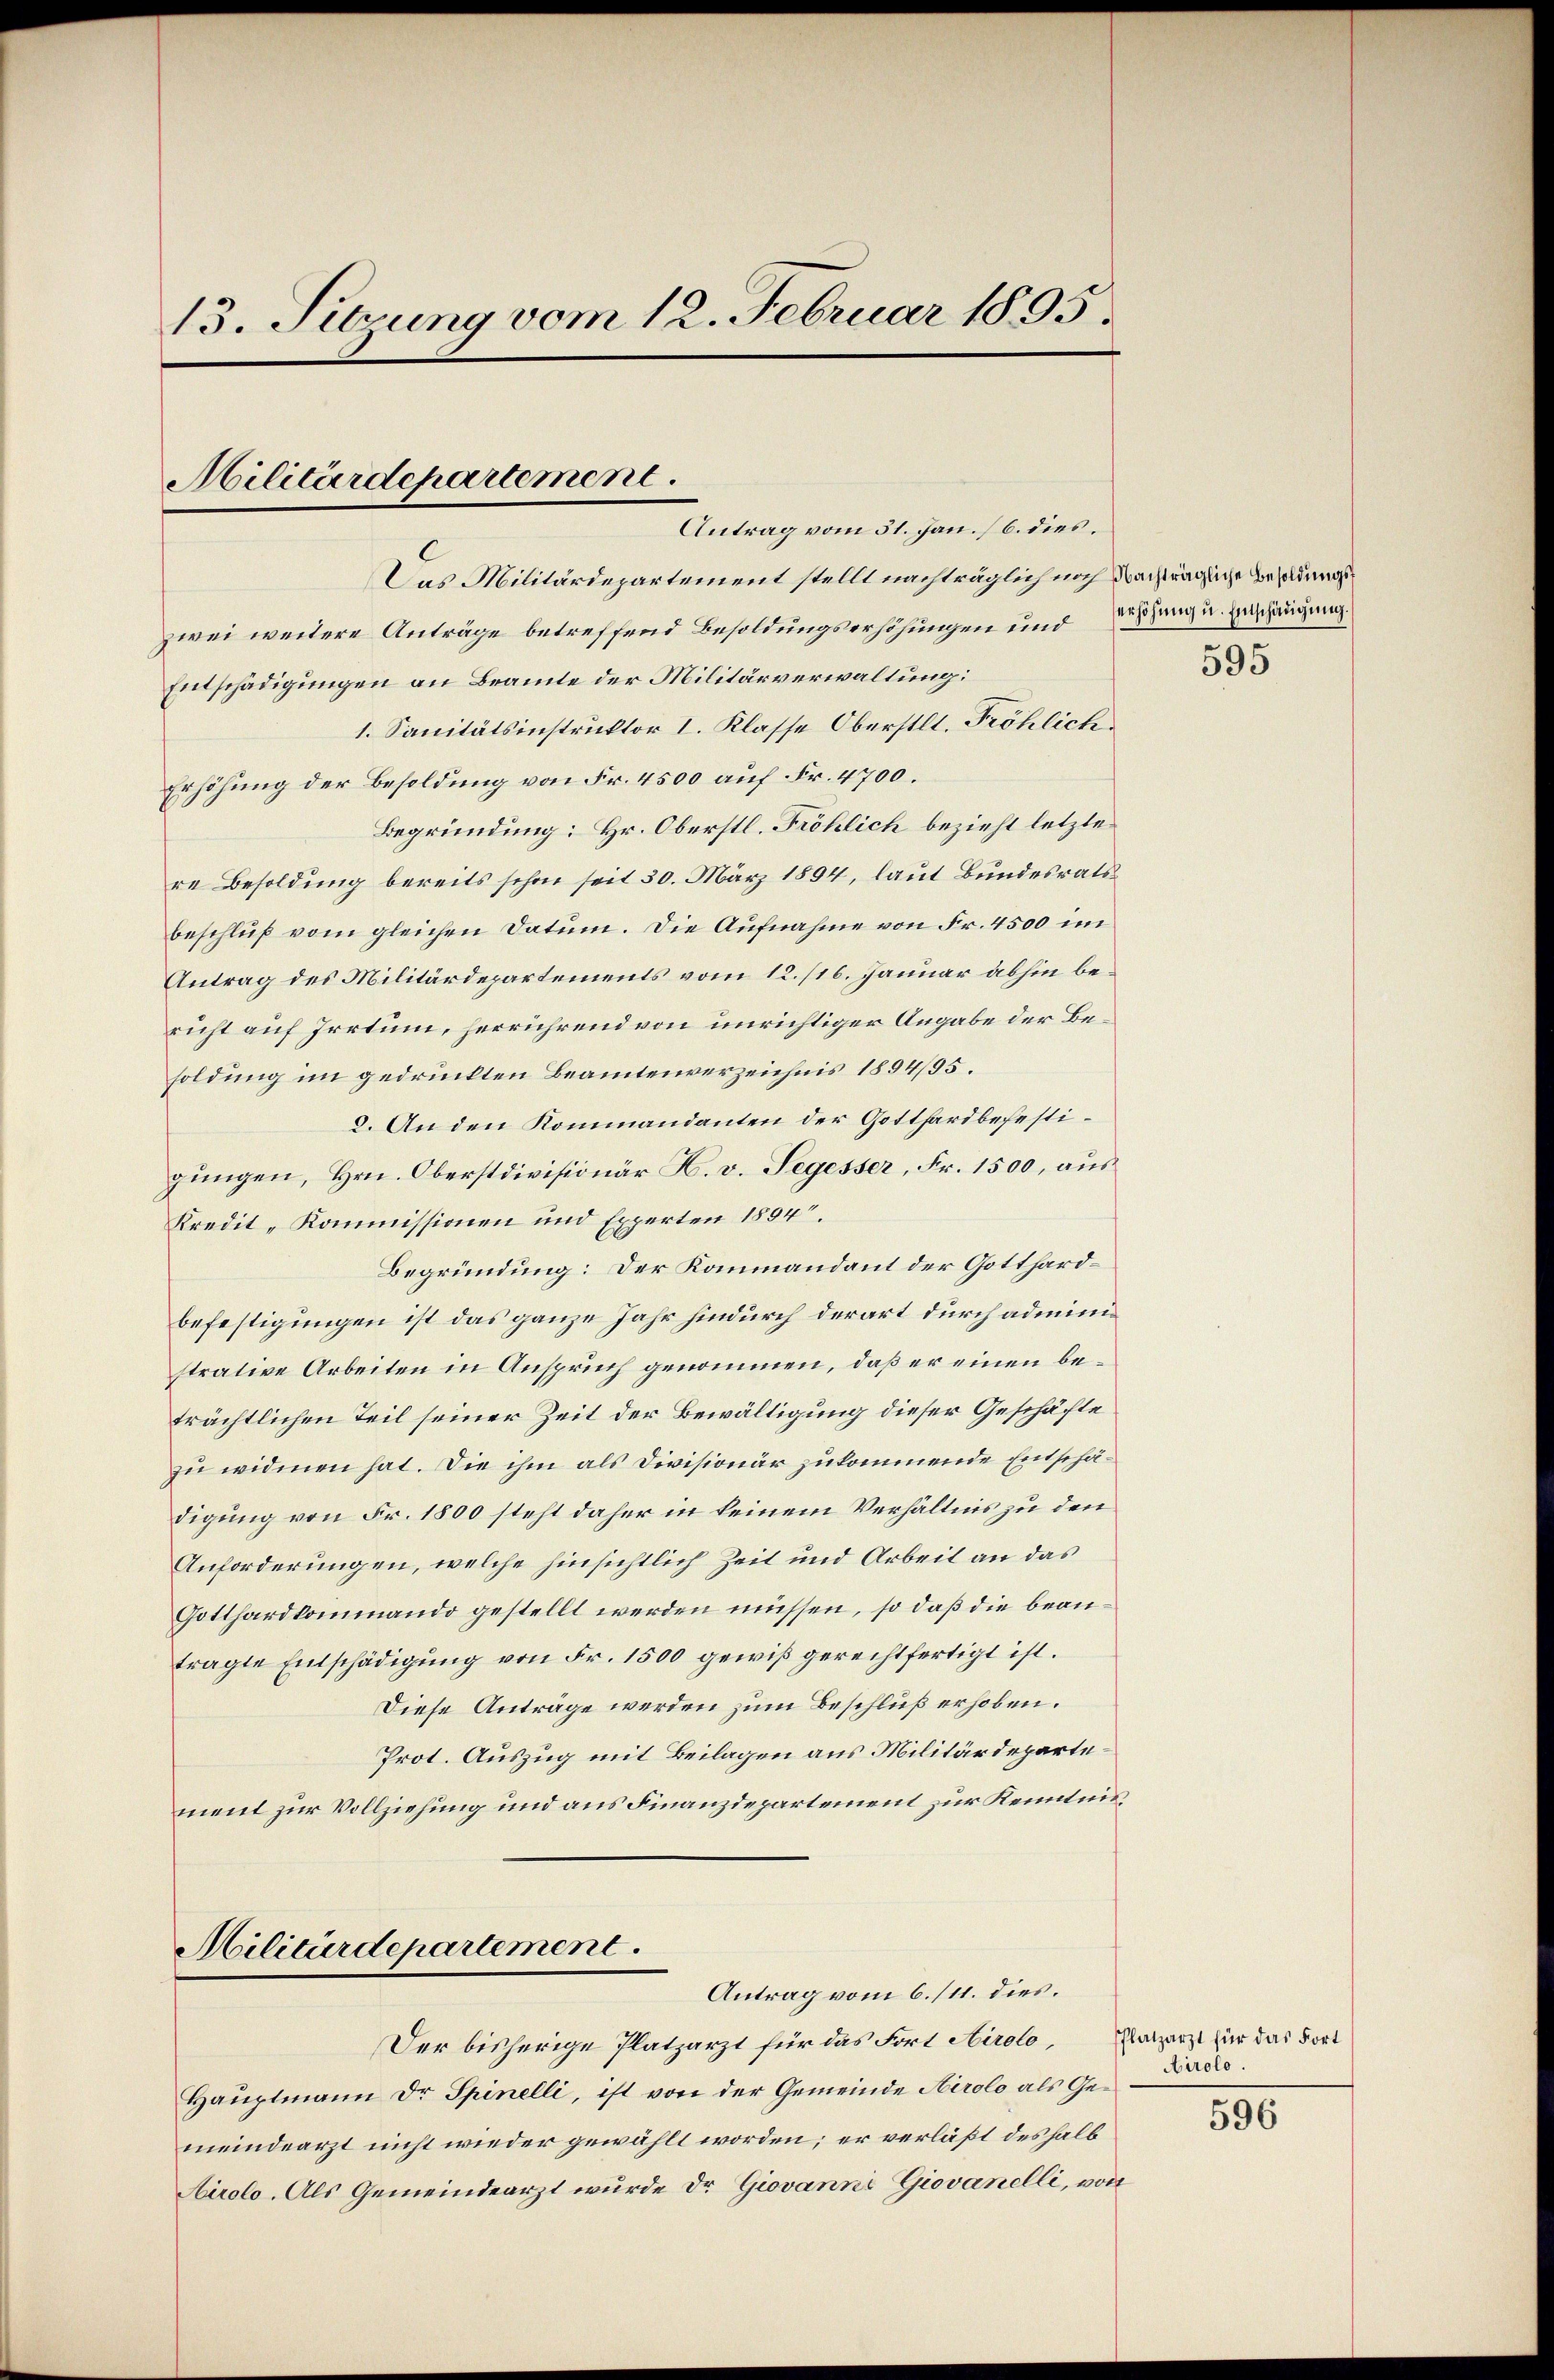
13. Sitzung vom 12. Februar 1895.

Militärdepartement
Antrag vom 31. Jan. (6. dies

Militärdepartement.
Antrag vom 6./11. dies.

Das Militärdepartement stellt nachträglich noch dachträgliche Besoldungszwei weitere Anträge betreffend Besoldungserhöhungen und des ganz u. Beschängung
Entschädigungen an Beamte der Militärverwaltung:
1. Sanitätsinstruktor I. Klasse Oberstll. Fröhlich
Erhöhung der Besoldung von Fr. 4500 auf Fr. 4700.
Begründung: Hr. Oberstl. Fröhlich bezieht letzte
re Besoldung bereits schon seit 30. März 1894, laut Bundesrats
beschluß vom gleichen Datum. Die Aufnahme von Fr. 4500 im
Antrag des Militärdepartements vom 12. /16. Januar abhin bericht auf Irrtum, herrührend von unrichtiger Angabe der Besoldung im gedruckten Beamtenverzeichnis 1894/95.
2. An den Kommandanten der Gotthardbefestigungen, Hrn. Oberstdivisionär H. v. Segesser, Fr. 1500, aus
Kredit-Kommissionen und Experten 1894.
Begründung: Der Kammandant der Gotthardbefestigungen ist das ganze Jahr hindurch derart durch administrative Arbeiten in Anspruch genommen, daß er einen beträchtlichen Teil seiner Zeit der Bewältigung dieser Geschäfte
zu widmen hat. Die ihm als Divisionär zukommende Entschädigung von Fr. 1800 steht daher in keinem Verhältnis zu den
Anforderungen, welche hinsichtlich Zeit und Arbeit an das
Gotthardkommando gestellt werden müssen, so daß die beantragte Entschädigung von Fr. 1500 gewiß gerechtfertigt ist.
Diese Anträge werden zum Beschluß erhoben.
Prot. Auszug mit Beilagen aus Militärdepartement zur Vollziehung und aus Finanzdepartement zur Kenntnis

Der bisherige Platzarzt für das Fort Airolo,
Hauptmann Dr Spinelli, ist von der Gemeinde Hirolo als Gemeindearzt nicht wieder gewählt worden; er verläßt deshalb
Airolo. Als Gemeindearzt wurde Dr. Giovanni Giovanelli, von

595

Platzarzt für das Fort
Airolo.

596